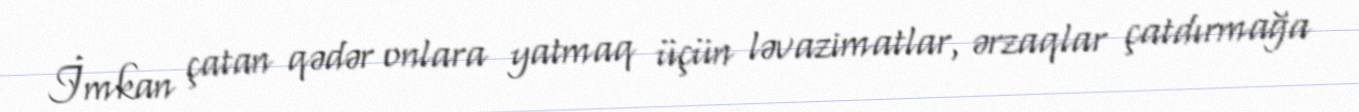
İmkan çatan qədər onlara yatmaq üçün ləvazimatlar, ərzaqlar çatdırmağa